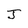
Character: J